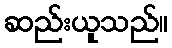
ဆည်းယူသည်။